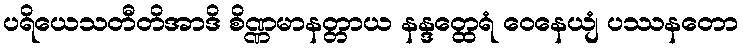
ပရိယေသတီတိအာဒိ စိဏ္ဏမာနတ္တာယ နန္ဒတ္ထေရံ ဝေနေယျံ ပဿနတော